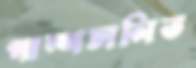
পাম্পচালিত